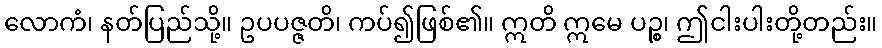
လောကံ၊ နတ်ပြည်သို့။ ဥပပဇ္ဇတိ၊ ကပ်၍ဖြစ်၏။ ဣတိ ဣမေ ပဉ္စ၊ ဤငါးပါးတို့တည်း။